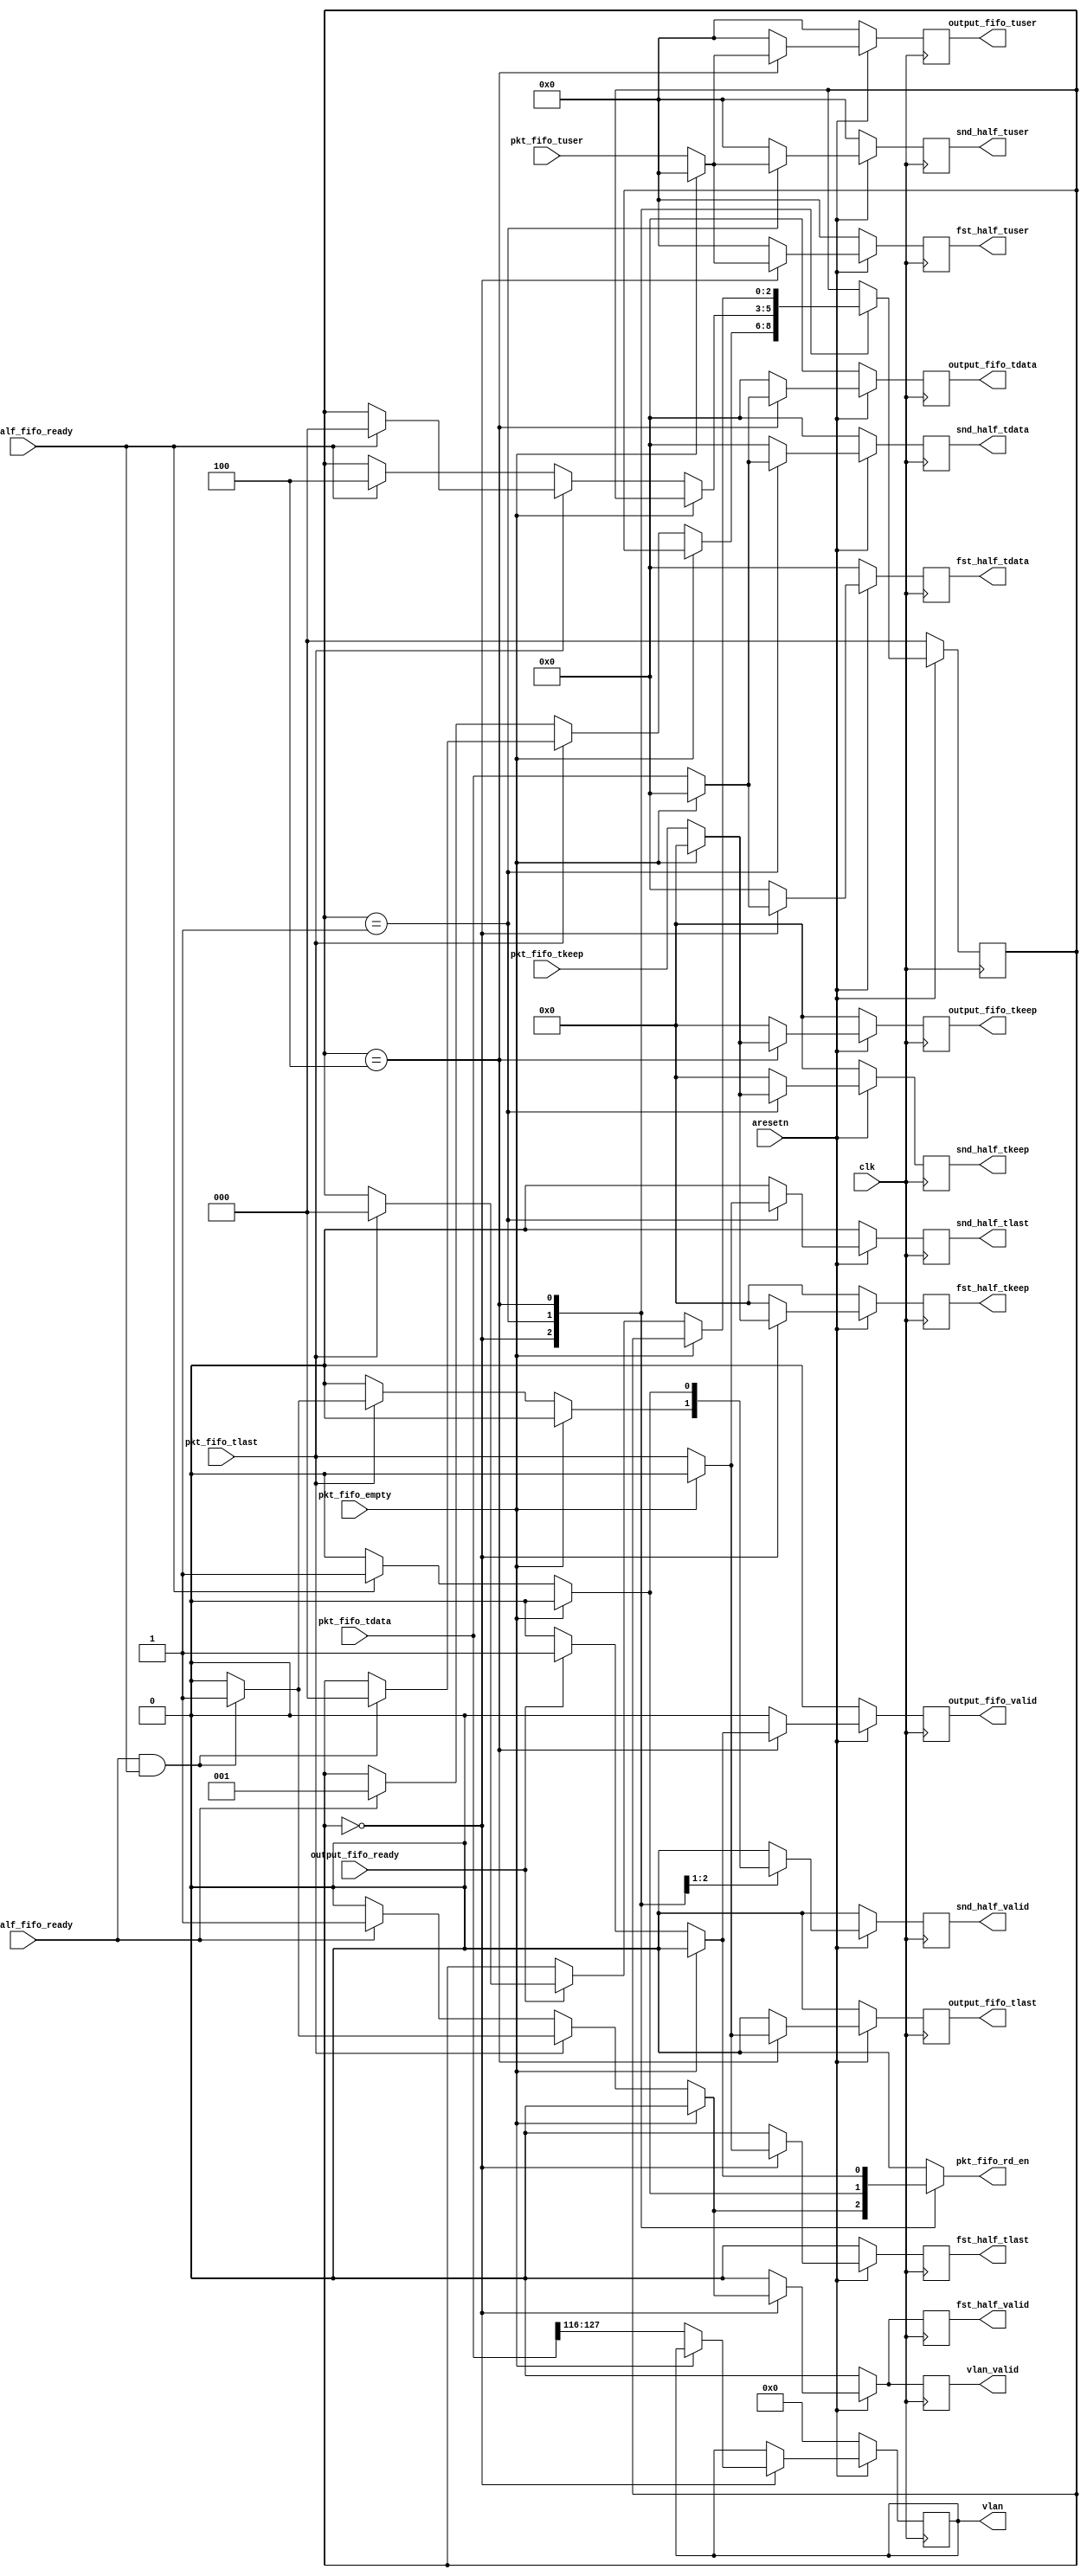
// This program was cloned from: https://github.com/jonas-kaufmann/simbricks-lpn
// License: MIT License

`timescale 1ns / 1ps


module depar_wait_segs #(
	parameter C_AXIS_DATA_WIDTH = 512,
	parameter C_AXIS_TUSER_WIDTH = 128
)
(
	input									clk,
	input									aresetn,

	// input from pkt fifo
	input [C_AXIS_DATA_WIDTH-1:0]						pkt_fifo_tdata,
	input [C_AXIS_TUSER_WIDTH-1:0]						pkt_fifo_tuser,
	input [C_AXIS_DATA_WIDTH/8-1:0]						pkt_fifo_tkeep,
	input												pkt_fifo_tlast,

	input												pkt_fifo_empty,
	input												fst_half_fifo_ready,
	input												snd_half_fifo_ready,

	// output
	output reg											pkt_fifo_rd_en,

	output reg [11:0]									vlan,
	output reg											vlan_valid,
	
	output reg [C_AXIS_DATA_WIDTH-1:0]					fst_half_tdata,
	output reg [C_AXIS_TUSER_WIDTH-1:0]					fst_half_tuser,
	output reg [C_AXIS_DATA_WIDTH/8-1:0]				fst_half_tkeep,
	output reg											fst_half_tlast,
	output reg											fst_half_valid,

	output reg [C_AXIS_DATA_WIDTH-1:0]					snd_half_tdata,
	output reg [C_AXIS_TUSER_WIDTH-1:0]					snd_half_tuser,
	output reg [C_AXIS_DATA_WIDTH/8-1:0]				snd_half_tkeep,
	output reg											snd_half_tlast,
	output reg											snd_half_valid,

	// output remaining segs to FIFO
	output reg [C_AXIS_DATA_WIDTH-1:0]					output_fifo_tdata,
	output reg [C_AXIS_TUSER_WIDTH-1:0]					output_fifo_tuser,
	output reg [C_AXIS_DATA_WIDTH/8-1:0]				output_fifo_tkeep,
	output reg											output_fifo_tlast,
	output reg											output_fifo_valid,
	input												output_fifo_ready
);


localparam	WAIT_FIRST_SEG=0,
			WAIT_SECOND_SEG=1,
			EMPTY_1=2,
			EMPTY_2=3,
			FLUSH_SEG=4;

reg [C_AXIS_DATA_WIDTH-1:0]					output_fifo_tdata_next;
reg [C_AXIS_TUSER_WIDTH-1:0]				output_fifo_tuser_next;
reg [C_AXIS_DATA_WIDTH/8-1:0]				output_fifo_tkeep_next;
reg											output_fifo_tlast_next;
reg											output_fifo_valid_next;

reg [C_AXIS_DATA_WIDTH-1:0]		fst_half_tdata_next, snd_half_tdata_next;
reg [C_AXIS_TUSER_WIDTH-1:0]	fst_half_tuser_next, snd_half_tuser_next;
reg [C_AXIS_DATA_WIDTH/8-1:0]	fst_half_tkeep_next, snd_half_tkeep_next;
reg								fst_half_tlast_next, snd_half_tlast_next;

reg								fst_half_valid_next, snd_half_valid_next;
reg vlan_valid_next;
reg [11:0] vlan_next;

reg [2:0] state, state_next;

// we delay the processing of PHV to the next module
always @(*) begin

	state_next = state;

	pkt_fifo_rd_en = 0;

	fst_half_tdata_next = 0;
	fst_half_tuser_next = 0;
	fst_half_tkeep_next = 0;
	fst_half_tlast_next = 0;

	snd_half_tdata_next = 0;
	snd_half_tuser_next = 0;
	snd_half_tkeep_next = 0;
	snd_half_tlast_next = 0;

	fst_half_valid_next = 0;
	snd_half_valid_next = 0;
	vlan_valid_next = 0;
	vlan_next = vlan;

	// output remaining segs
	output_fifo_tdata_next = 0;
	output_fifo_tuser_next = 0;
	output_fifo_tkeep_next = 0;
	output_fifo_tlast_next = 0;
	output_fifo_valid_next = 0;

	case (state)
		WAIT_FIRST_SEG: begin
			if (!pkt_fifo_empty) begin
				fst_half_tdata_next = pkt_fifo_tdata;
				fst_half_tuser_next = pkt_fifo_tuser;
				fst_half_tkeep_next = pkt_fifo_tkeep;
				fst_half_tlast_next = pkt_fifo_tlast;

				vlan_next = pkt_fifo_tdata[116+:12];

				if (pkt_fifo_tlast) begin
					if (fst_half_fifo_ready && snd_half_fifo_ready) begin
						pkt_fifo_rd_en = 1;
						fst_half_valid_next = 1;
						snd_half_valid_next = 1;
						vlan_valid_next = 1;
						state_next = WAIT_FIRST_SEG;
					end
				end
				else begin
					if (fst_half_fifo_ready) begin
						pkt_fifo_rd_en = 1;
						fst_half_valid_next = 1;
						vlan_valid_next = 1;
						state_next = WAIT_SECOND_SEG;
					end
				end
			end
		end
		WAIT_SECOND_SEG: begin
			if (!pkt_fifo_empty) begin
				snd_half_tdata_next = pkt_fifo_tdata;
				snd_half_tuser_next = pkt_fifo_tuser;
				snd_half_tkeep_next = pkt_fifo_tkeep;
				snd_half_tlast_next = pkt_fifo_tlast;


				if (pkt_fifo_tlast) begin
					if (snd_half_fifo_ready) begin
						pkt_fifo_rd_en = 1;
						snd_half_valid_next = 1;
						state_next = WAIT_FIRST_SEG;
					end
				end
				else begin
					if (snd_half_fifo_ready) begin
						pkt_fifo_rd_en = 1;
						snd_half_valid_next = 1;
						state_next = FLUSH_SEG;
					end
				end
			end
		end
		FLUSH_SEG: begin
			if (!pkt_fifo_empty) begin
				output_fifo_tdata_next = pkt_fifo_tdata;
				output_fifo_tuser_next = pkt_fifo_tuser;
				output_fifo_tkeep_next = pkt_fifo_tkeep;
				output_fifo_tlast_next = pkt_fifo_tlast;

				if (output_fifo_ready) begin
					output_fifo_valid_next = 1;
					pkt_fifo_rd_en = 1;
					if (pkt_fifo_tlast) begin
						state_next = WAIT_FIRST_SEG;
					end
				end
			end
		end
	endcase
end


always @(posedge clk) begin
	if (~aresetn) begin
		state <= WAIT_FIRST_SEG;

		fst_half_tdata <= 0;
		fst_half_tuser <= 0;
		fst_half_tkeep <= 0;
		fst_half_tlast <= 0;

		snd_half_tdata <= 0;
		snd_half_tuser <= 0;
		snd_half_tkeep <= 0;
		snd_half_tlast <= 0;

		fst_half_valid <= 0;
		snd_half_valid <= 0;
		vlan_valid <= 0;
		vlan <= 0;
		//
		output_fifo_tdata <= 0;
		output_fifo_tuser <= 0;
		output_fifo_tkeep <= 0;
		output_fifo_tlast <= 0;
		output_fifo_valid <= 0;
	end
	else begin
		state <= state_next;

		fst_half_tdata <= fst_half_tdata_next;
		fst_half_tuser <= fst_half_tuser_next;
		fst_half_tkeep <= fst_half_tkeep_next;
		fst_half_tlast <= fst_half_tlast_next;

		snd_half_tdata <= snd_half_tdata_next;
		snd_half_tuser <= snd_half_tuser_next;
		snd_half_tkeep <= snd_half_tkeep_next;
		snd_half_tlast <= snd_half_tlast_next;

		fst_half_valid <= fst_half_valid_next;
		snd_half_valid <= snd_half_valid_next;
		vlan_valid <= vlan_valid_next;
		vlan <= vlan_next;
		//
		output_fifo_tdata <= output_fifo_tdata_next;
		output_fifo_tuser <= output_fifo_tuser_next;
		output_fifo_tkeep <= output_fifo_tkeep_next;
		output_fifo_tlast <= output_fifo_tlast_next;
		output_fifo_valid <= output_fifo_valid_next;
	end
end

endmodule